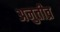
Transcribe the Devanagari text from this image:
अनुतीव्र